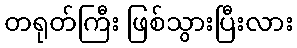
တရုတ်ကြီး ဖြစ်သွားပြီးလား